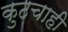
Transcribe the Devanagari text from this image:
कुठचाही